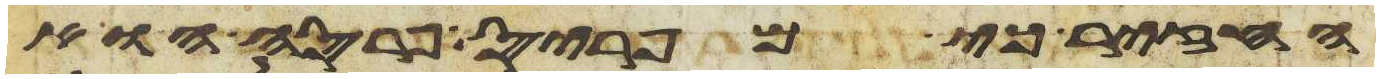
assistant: החזיר כי מפריס פרסה הוא